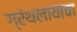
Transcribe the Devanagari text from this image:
ग्रंथलायाचा